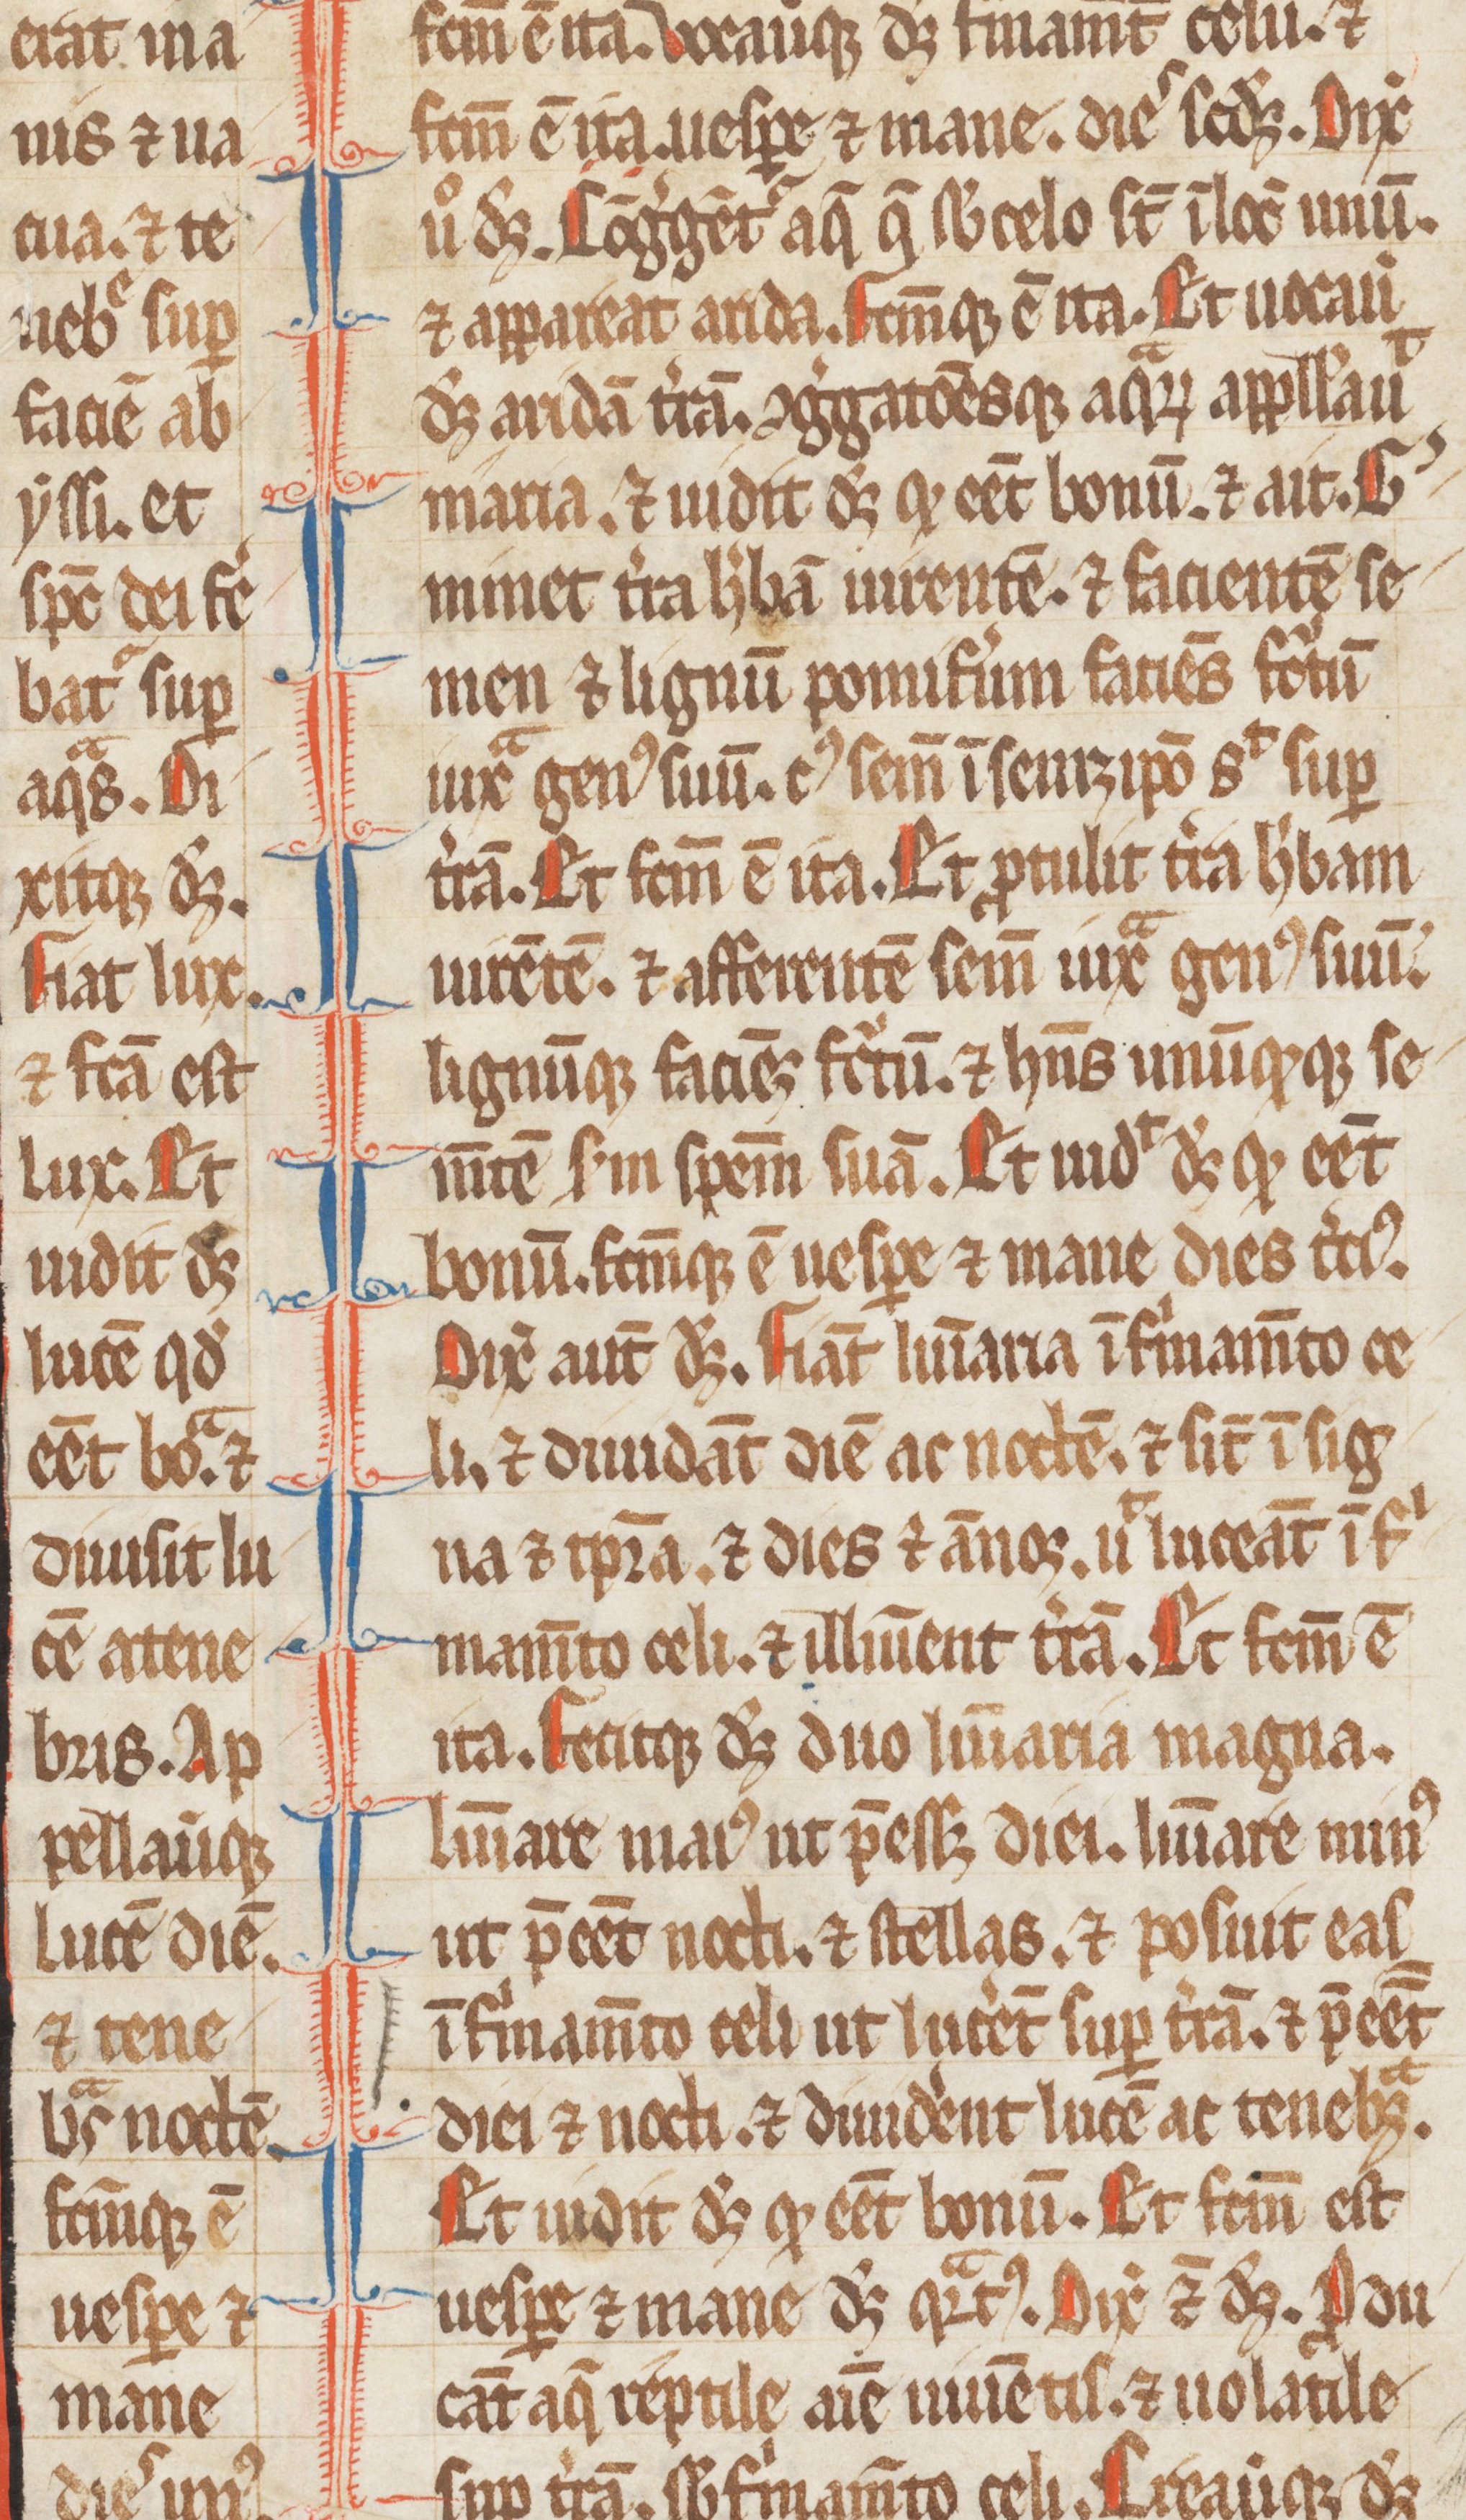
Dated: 1255–1285